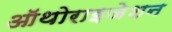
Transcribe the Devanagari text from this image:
ऑथोराइजेशन